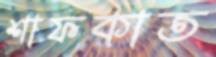
শাফকাত